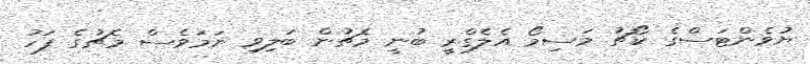
ޔުވެންޓަސްގެ ކޯޗު މަސިމޯ އެލެގްރީ ބުނީ މެޗުން ބަލިވި ނަމަވެސް މެޗުގެ ފަހު